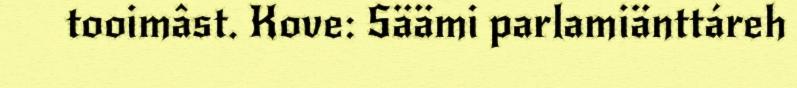
tooimâst. Kove: Säämi parlamiänttáreh